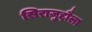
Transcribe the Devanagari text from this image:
सिराज़ुद्दौला